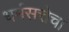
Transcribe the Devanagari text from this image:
धर्मसत्तेचा